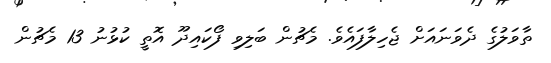
ތާވަލުގެ ދެވަނައަށް ޖެހިލާފައެވެ. މެޗުން ބަލިވި ފޯކައިދޫ އޮތީ ކުޅުނު 13 މެޗުން